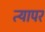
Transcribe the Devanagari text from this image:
त्यापर